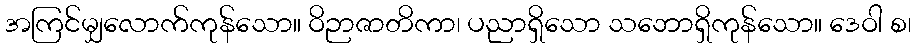
အကြင်မျှလောက်ကုန်သော။ ဝိဉာဇာတိကာ၊ ပညာရှိသော သဘောရှိကုန်သော။ ဒေဝါ စ၊